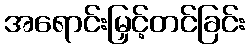
အရောင်းမြှင့်တင်ခြင်း